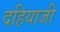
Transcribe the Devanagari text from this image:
दहियाजी